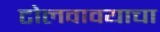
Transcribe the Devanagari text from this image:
टोलवावयाचा